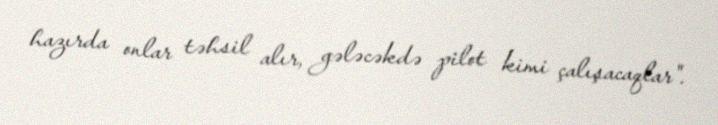
hazırda onlar təhsil alır, gələcəkdə pilot kimi çalışacaqlar".